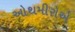
ઓથમીરોએ